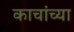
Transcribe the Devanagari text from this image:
काचांच्या